Civil Veterinary Department. Madras. Admin. report 1926-33 - 1926-1933
Year: 1926
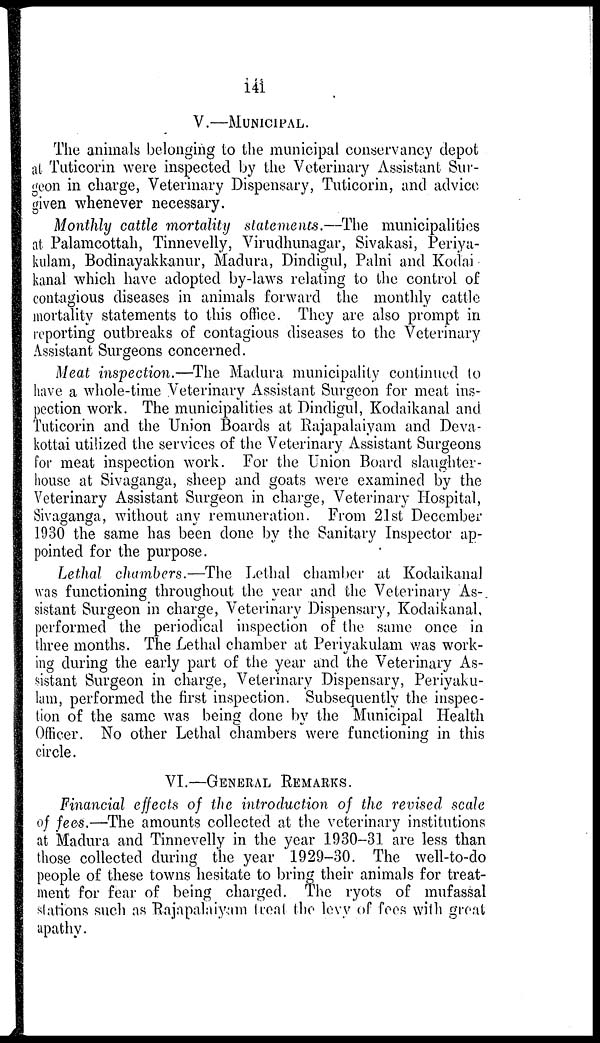
141
V.—MUNICIPAL.
The animals belonging to the municipal conservancy depot
at Tuticorin were inspected by the Veterinary Assistant Sur-
geon in charge, Veterinary Dispensary, Tuticorin, and advice
given whenever necessary.
Monthly cattle mortality statements.—The municipalities
at Palamcottah, Tinnevelly, Virudhunagar, Sivakasi, Periya-
kulam, Bodinayakkanur, Madura, Dindigul, Palni and Kodai
kanal which have adopted by-laws relating to the control of
contagious diseases in animals forward the monthly cattle
mortality statements to this office. They are also prompt in
reporting outbreaks of contagious diseases to the Veterinary
Assistant Surgeons concerned.
Meat inspection.—The Madura municipality continued to
have a whole-time Veterinary Assistant Surgeon for meat ins-
pection work. The municipalities at Dindigul, Kodaikanal and
Tuticorin and the Union Boards at Rajapalaiyam and Deva-
kottai utilized the services of the Veterinary Assistant Surgeons
for meat inspection work. For the Union Board slaughter-
house at Sivaganga, sheep and goats were examined by the
Veterinary Assistant Surgeon in charge, Veterinary Hospital,
Sivaganga, without any remuneration. From 21st December
1930 the same has been done by the Sanitary Inspector ap-
pointed for the purpose.
Lethal chambers.—The Lethal chamber at Kodaikanal
was functioning throughout the year and the Veterinary As-
sistant Surgeon in charge, Veterinary Dispensary, Kodaikanal,
performed the periodical inspection of the same once in
three months. The Lethal chamber at Periyakulam was work-
ing during the early part of the year and the Veterinary As-
sistant Surgeon in charge, Veterinary Dispensary, Periyaku-
lam, performed the first inspection. Subsequently the inspec-
tion of the same was being done by the Municipal Health
Officer. No other Lethal chambers were functioning in this
circle.
VI.—GENERAL REMARKS.
Financial effects of the introduction of the revised scale
of fees.—The amounts collected at the veterinary institutions
at Madura and Tinnevelly in the year 1930-31 are less than
those collected during the year 1929-30. The well-to-do
people of these towns hesitate to bring their animals for treat-
ment for fear of being charged. The ryots of mufassal
stations such as Rajapalaiyam treat the levy of fees with great
apathy.